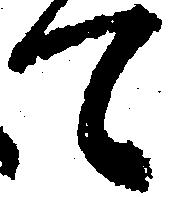
て